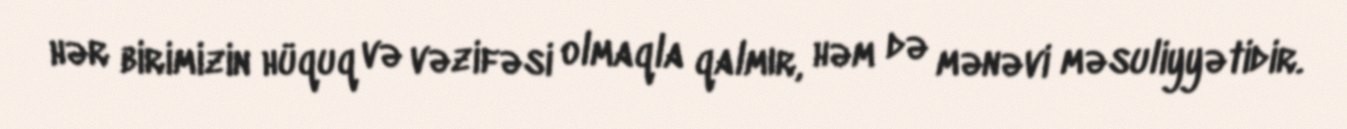
hər birimizin hüquq və vəzifəsi olmaqla qalmır, həm də mənəvi məsuliyyətidir.